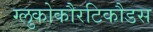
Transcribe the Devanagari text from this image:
ग्लुकोकौरटिकौडस